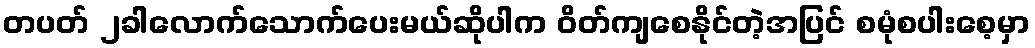
တပတ် ၂ခါလောက်သောက်ပေးမယ်ဆိုပါက ဝိတ်ကျစေနိုင်တဲ့အပြင် စမုံစပါးစေ့မှာ